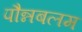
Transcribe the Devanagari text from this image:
पौन्नबलम